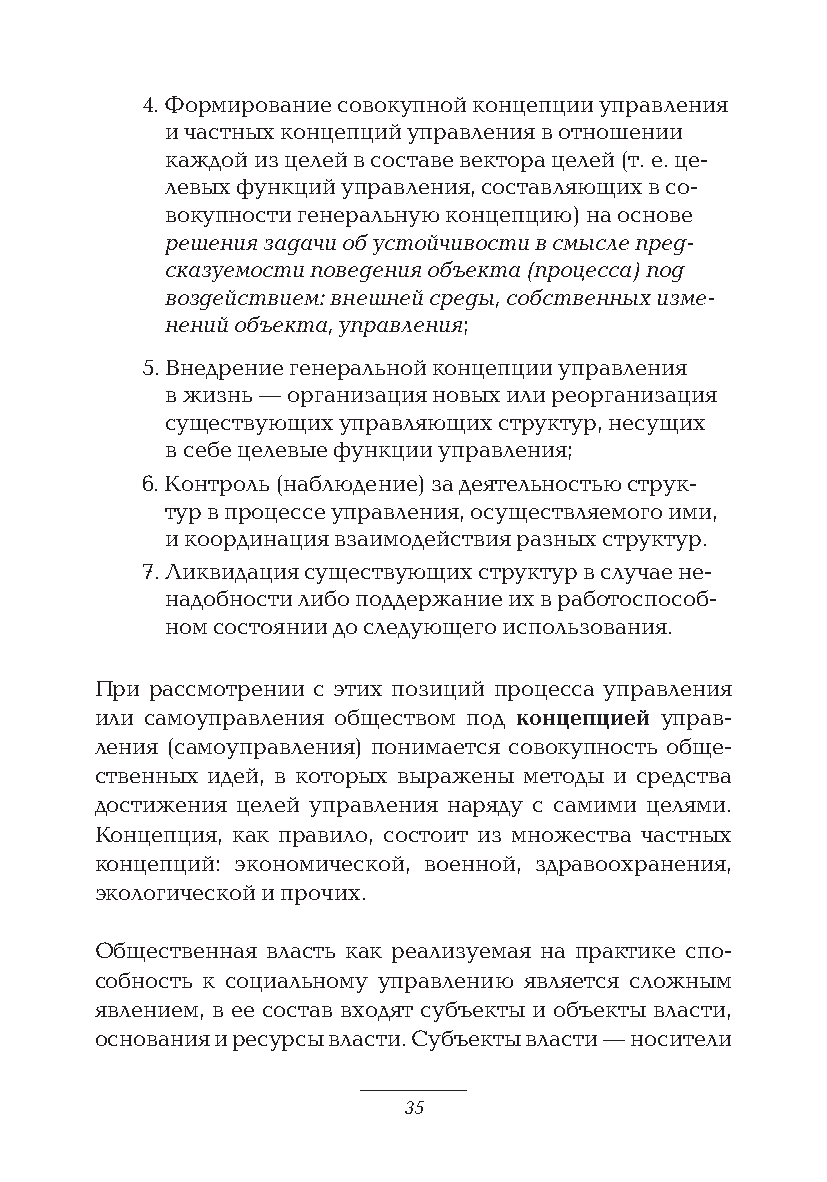
4. Формирование совокупной концепции управления
 и частных концепций управления в отношении
 каждой из целей в составе вектора целей (т. е. це-
 левых функций управления, составляющих в со-
 вокупности генеральную концепцию) на основе
 решения задачи об устойчивости в смысле пред-
 сказуемости поведения объекта (процесса) под
 воздействием: внешней среды, собственных изме-
 нений объекта, управления;
 5. Внедрение генеральной концепции управления
 в жизнь — организация новых или реорганизация
 существующих управляющих структур, несущих
 в себе целевые функции управления;
 6. Контроль (наблюдение) за деятельностью струк-
 тур в процессе управления, осуществляемого ими,
 и координация взаимодействия разных структур.
 7. Ликвидация существующих структур в случае не-
 надобности либо поддержание их в работоспособ-
 ном состоянии до следующего использования.
 При рассмотрении с этих позиций процесса управления
 или самоуправления обществом под концепцией управ-
 ления (самоуправления) понимается совокупность обще-
 ственных идей, в которых выражены методы и средства
 достижения целей управления наряду с самими целями.
 Концепция, как правило, состоит из множества частных
 концепций: экономической, военной, здравоохранения,
 экологической и прочих.
 Общественная власть как реализуемая на практике спо-
 собность к социальному управлению является сложным
 явлением, в ее состав входят субъекты и объекты власти,
 основания и ресурсы власти. Субъекты власти — носители
 35